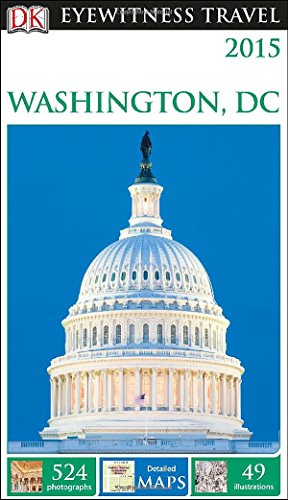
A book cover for DK Eyewitness Travel Guide: Washington, D.C.; DK Publishing; Travel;